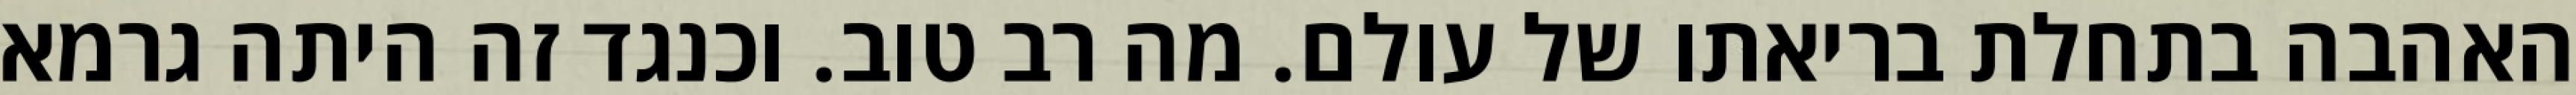
האהבה בתחלת בריאתו של עולם. מה רב טוב. וכנגד זה היתה גרמא